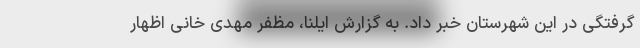
گرفتگی در این شهرستان خبر داد. به گزارش ایلنا، مظفر مهدی خانی اظهار